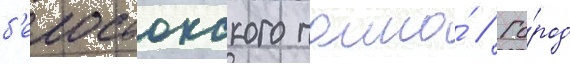
б'елостокского полка́ // Го́род